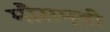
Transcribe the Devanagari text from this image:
मौसम्बी